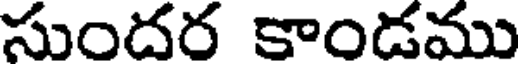
సుందర కాండము